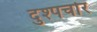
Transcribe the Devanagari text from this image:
दुश्पर्चार